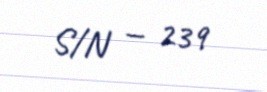
S/N — 239